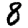
Digit: 8